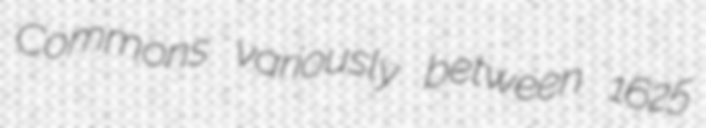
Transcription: Commons variously between 1625